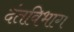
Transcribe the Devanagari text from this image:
दंतविभाग